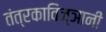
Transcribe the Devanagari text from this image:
तंत्रकाविज्ञानी